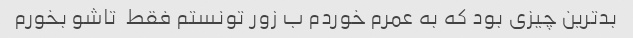
بدترین چیزی بود که به عمرم خوردم ب زور تونستم فقط  تاشو بخورم